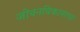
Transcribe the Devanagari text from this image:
जीवनविकासाचा